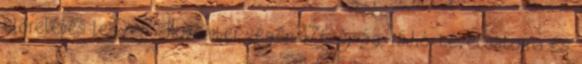
előrelépés legyen”. November végén 476 újság, rádió, tévécsatorna és